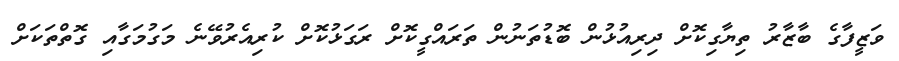
ވަޒީފާގެ ބާޒާރު ތިޔާގިކޮށް ދިރިއުޅުން ބޮޑުތަނުން ތަރައްގީކޮށް ރަގަޅުކޮށް ކުރިއެރުވޭނެ މަގުމަގާއި ގޮތްތަކަށް